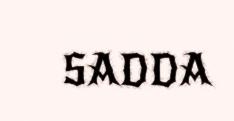
SADDA